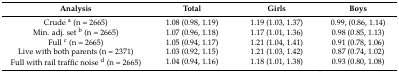
<table><thead><tr><td><b>Analysis</b></td><td><b>Total</b></td><td><b>Girls</b></td><td><b>Boys</b></td></tr></thead><tbody><tr><td>Crude <sup>a</sup> (n = 2665)</td><td>1.08 (0.98, 1.19)</td><td>1.19 (1.03, 1.37)</td><td>0.99, (0.86, 1.14)</td></tr><tr><td>Min. adj. set <sup>b</sup> (n = 2665)</td><td>1.07 (0.96, 1.18)</td><td>1.17 (1.01, 1.36)</td><td>0.98 (0.85, 1.13)</td></tr><tr><td>Full <sup>c</sup> (n = 2665)</td><td>1.05 (0.94, 1.17)</td><td>1.21 (1.04, 1.41)</td><td>0.91 (0.78, 1.06)</td></tr><tr><td>Live with both parents (n = 2371)</td><td>1.03 (0.92, 1.15)</td><td>1.21 (1.03, 1.42)</td><td>0.87 (0.74, 1.02)</td></tr><tr><td>Full with rail traffic noise <sup>d</sup> (n = 2665)</td><td>1.04 (0.94, 1.16)</td><td>1.18 (1.01, 1.38)</td><td>0.93 (0.80, 1.08)</td></tr></tbody></table>